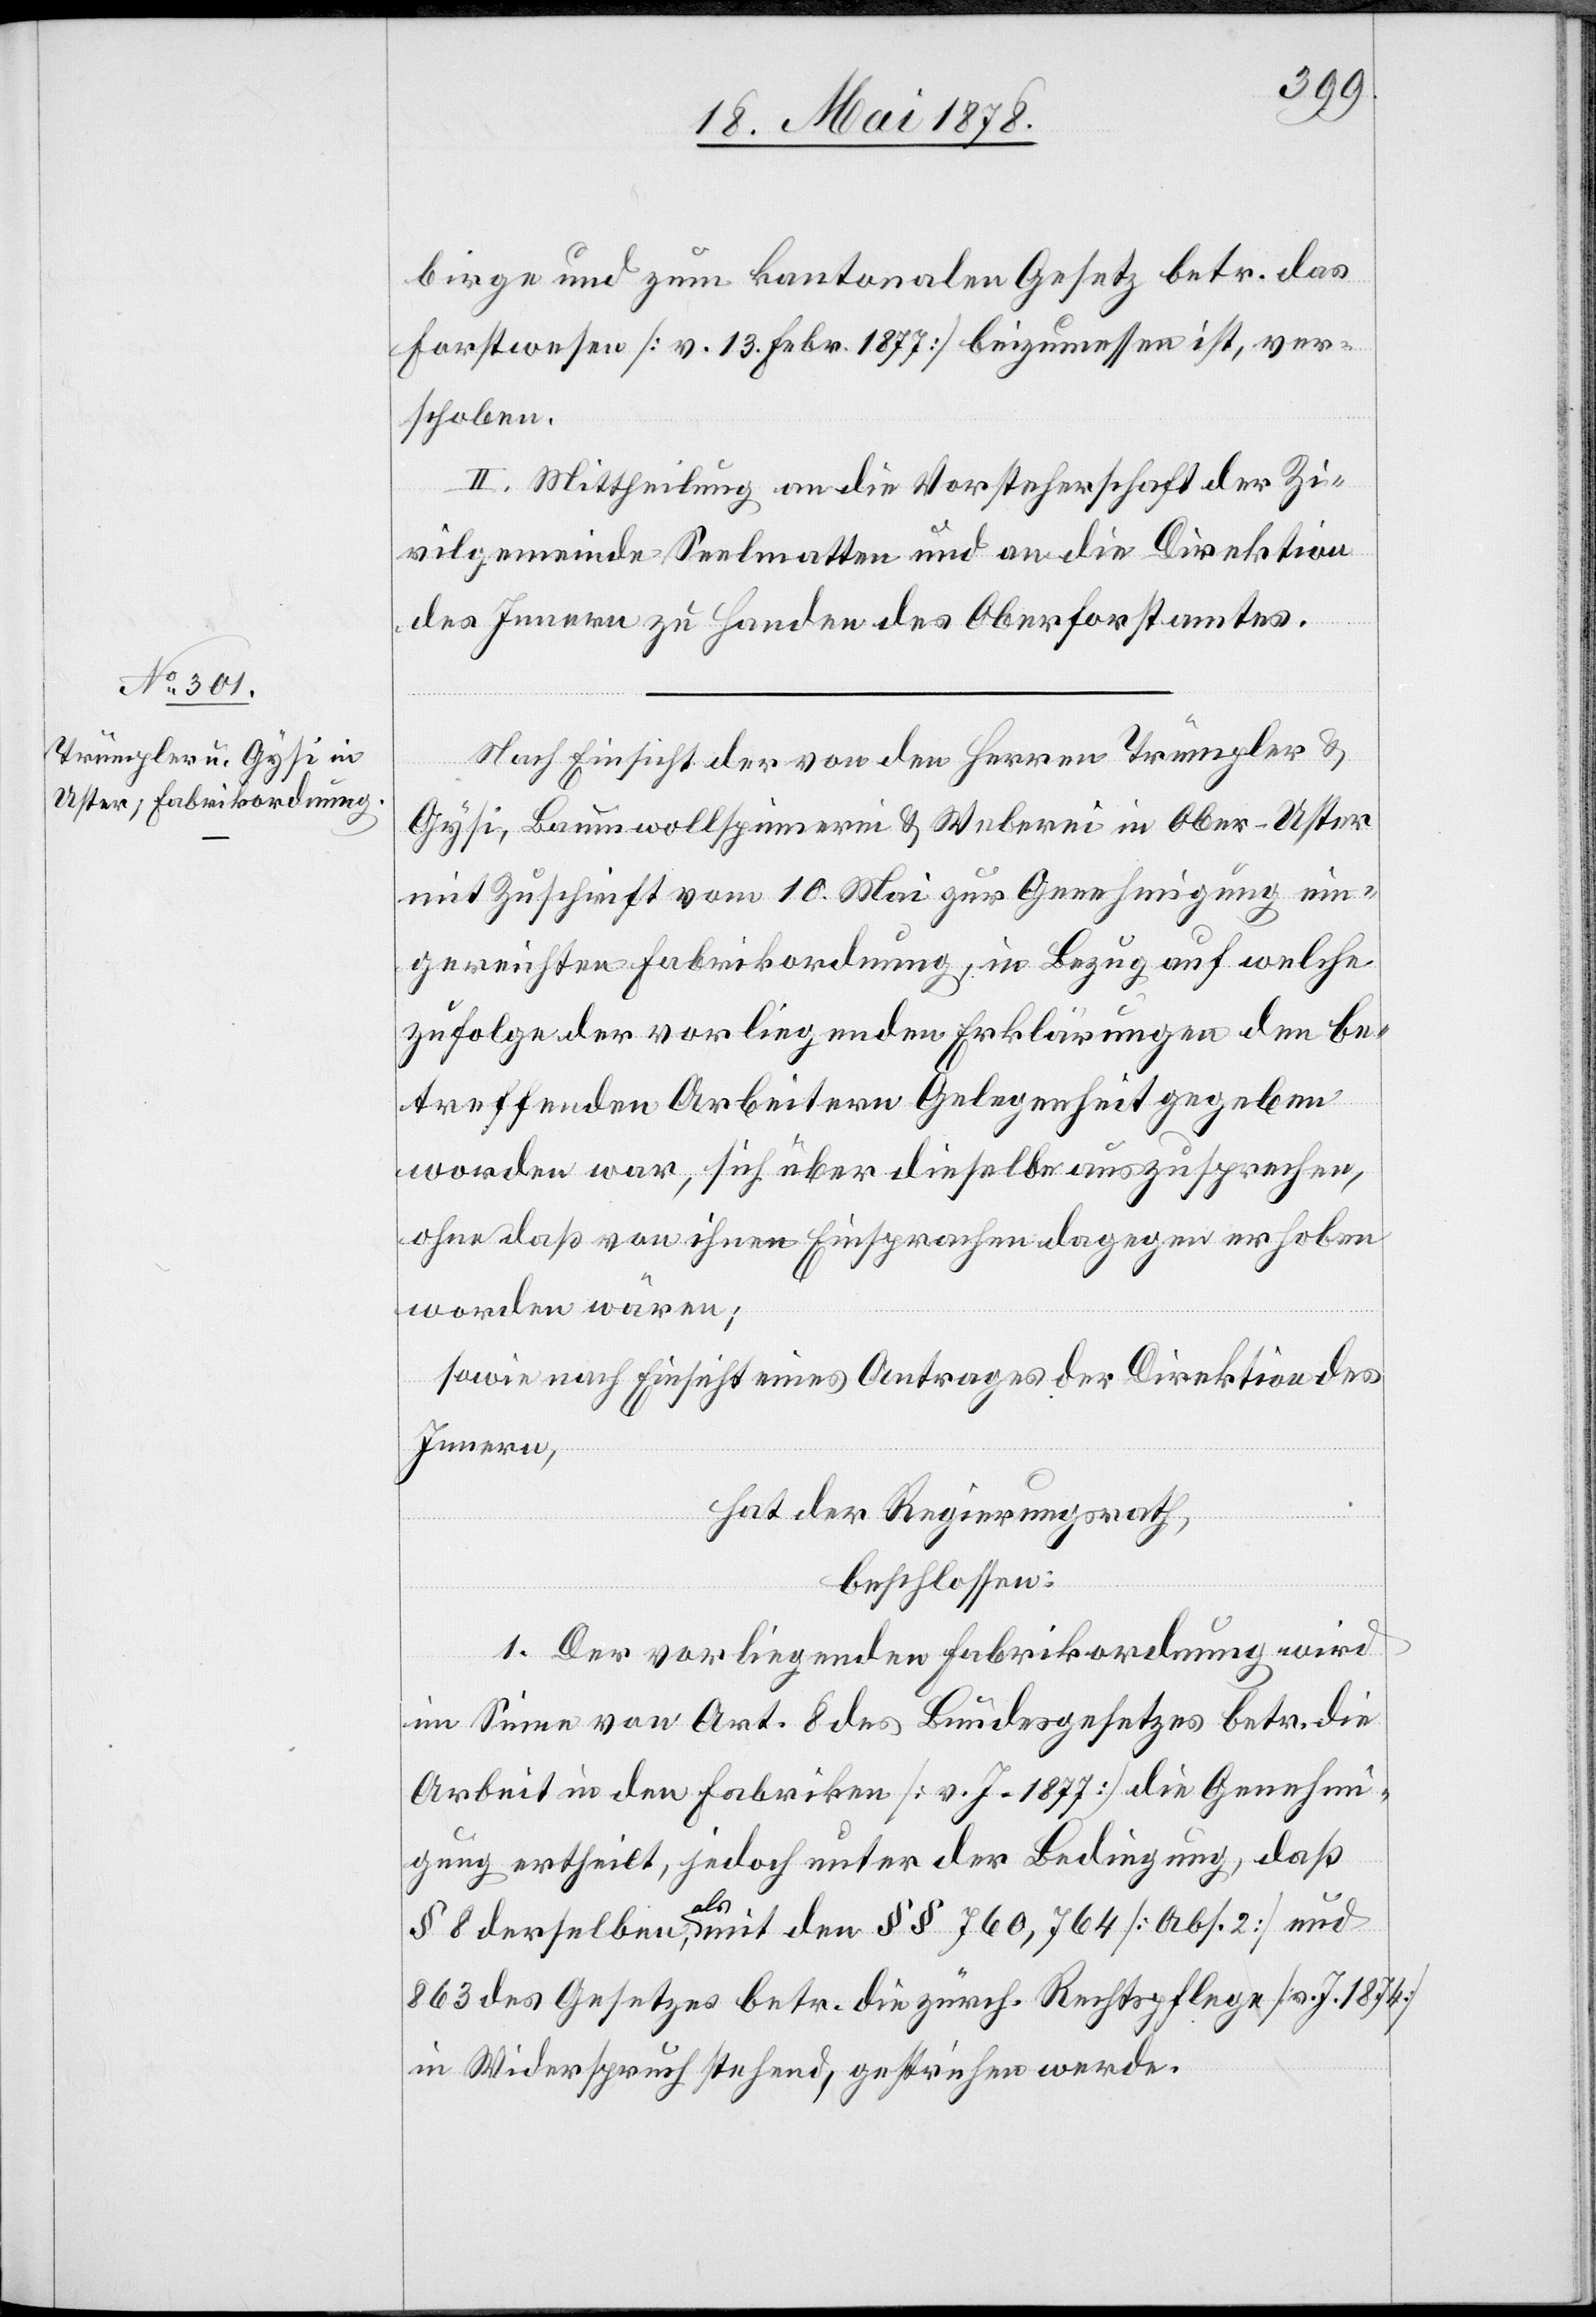
birge und zum kantonalen Gesetz betr. das
Forstwesen [v. 13. Febr. 1877] beizumessen ist, ver¬
schoben.
II. Mittheilung an die Vorsteherschaft der Zi¬
vilgemeinde Seelmatten und an die Direktion
des Innern zu Handen des Oberforstamtes.